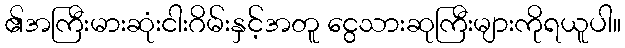
၏အကြီးမားဆုံးငါးဂိမ်းနှင့်အတူ ငွေသားဆုကြီးများကိုရယူပါ။